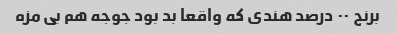
برنج ٠٠ درصد هندی که واقعا بد بود جوجه هم بی مزه